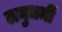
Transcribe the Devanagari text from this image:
लघुधर्मी